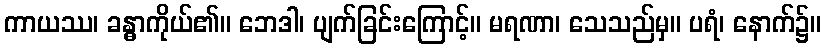
ကာယဿ၊ ခန္ဓာကိုယ်၏။ ဘေဒါ၊ ပျက်ခြင်းကြောင့်။ မရဏာ၊ သေသည်မှ။ ပရံ၊ နောက်၌။